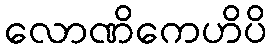
လောဏိကေဟိပိ